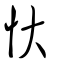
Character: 忕